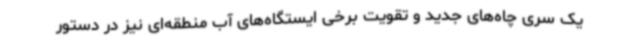
یک سری چاه‌های جدید و تقویت برخی ایستگاه‌های آب منطقه‌ای نیز در دستور